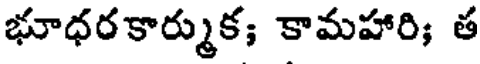
భూధరకార్ముక; కామహారి; త